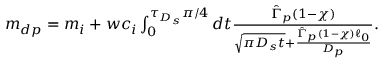
\begin{array} { r } { m _ { d p } = m _ { i } + w c _ { i } \int _ { 0 } ^ { \tau _ { D _ { s } } \pi / 4 } d t \frac { \hat { \Gamma } _ { p } ( 1 - \chi ) } { \sqrt { \pi D _ { s } t } + \frac { \hat { \Gamma } _ { p } ( 1 - \chi ) \ell _ { 0 } } { D _ { p } } } . } \end{array}